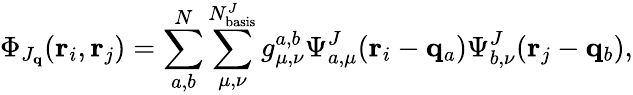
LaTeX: \Phi_{J_{\mathbf{q}}}(\mathbf{r}_{i},\mathbf{r}_{j})=\sum_{a,b}^{N}\sum_{\mu,\nu}^{N_{\mathrm{basis}}^{J}}g_{\mu,\nu}^{a,b}\Psi_{a,\mu}^{J}(\mathbf{r}_{i}-\mathbf{q}_{a})\Psi_{b,\nu}^{J}(\mathbf{r}_{j}-\mathbf{q}_{b}),